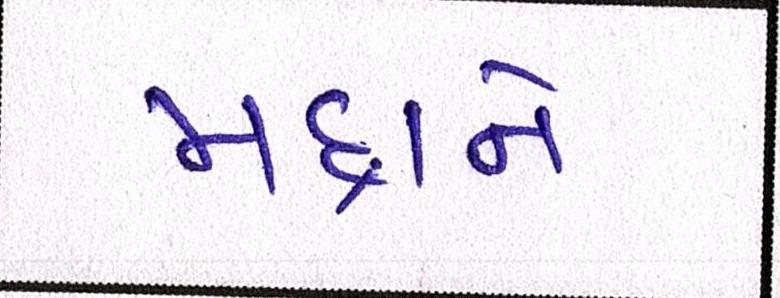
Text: મદ્દાને